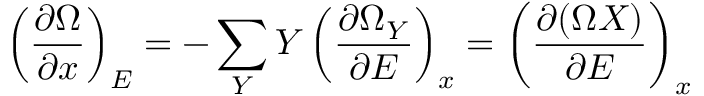
\left( { \frac { \partial \Omega } { \partial x } } \right) _ { E } = - \sum _ { Y } Y \left( { \frac { \partial \Omega _ { Y } } { \partial E } } \right) _ { x } = \left( { \frac { \partial ( \Omega X ) } { \partial E } } \right) _ { x }